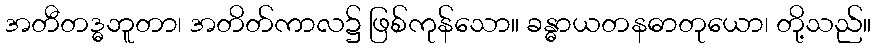
အတီတဒ္ဓဘူတာ၊ အတိတ်ကာလ၌ ဖြစ်ကုန်သော။ ခန္ဓာယတနဓာတုယော၊ တို့သည်။